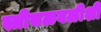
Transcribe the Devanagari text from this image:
स्त्रीचळवळीशी